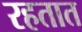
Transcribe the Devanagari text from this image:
रहतात